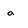
Character: a